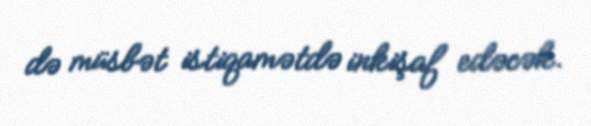
də müsbət istiqamətdə inkişaf edəcək.